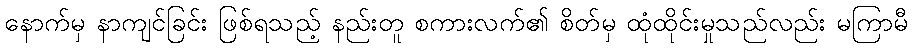
နောက်မှ နာကျင်ခြင်း ဖြစ်ရသည့် နည်းတူ စကားလက်၏ စိတ်မှ ထုံထိုင်းမှုသည်လည်း မကြာမီ